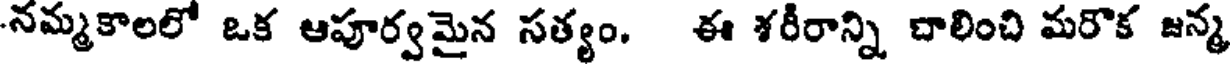
నమ్మకాలలో ఒక ఆపూర్వమైన సత్యం, ఈ శరీరాన్ని చాలించి మరొక జన్మ